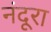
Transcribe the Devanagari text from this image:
नंदूरा